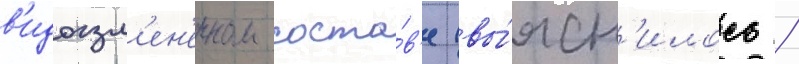
в'идоизм'ен'енном соста́в'е (вы́ясн'илось /